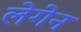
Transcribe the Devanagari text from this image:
लेगेन